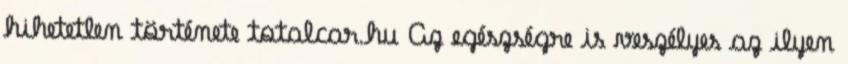
hihetetlen története totalcar.hu Az egészségre is veszélyes az ilyen